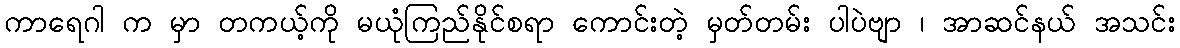
ကာရေဂါ က မှာ တကယ့်ကို မယုံကြည်နိုင်စရာ ကောင်းတဲ့ မှတ်တမ်း ပါပဲဗျာ ၊ အာဆင်နယ် အသင်း